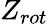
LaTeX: Z_{rot}